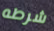
شرطه